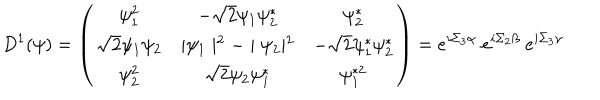
D ^ { 1 } ( \psi ) = \left( \begin{matrix} { { \psi _ { 1 } ^ { 2 } } } & { { - \sqrt { 2 } \psi _ { 1 } \psi _ { 2 } ^ { * } } } & { { \psi _ { 2 } ^ { * } } } \\ { { \sqrt { 2 } \psi _ { 1 } \psi _ { 2 } } } & { { \mid \psi _ { 1 } \mid ^ { 2 } - \mid \psi _ { 2 } \mid ^ { 2 } } } & { { - \sqrt { 2 } \psi _ { 1 } ^ { * } \psi _ { 2 } ^ { * } } } \\ { { \psi _ { 2 } ^ { 2 } } } & { { \sqrt { 2 } \psi _ { 2 } \psi _ { 1 } ^ { * } } } & { { \psi _ { 1 } ^ { * 2 } } } \\ \end{matrix} \right) = e ^ { i \Sigma _ { 3 } \alpha } ~ e ^ { i \Sigma _ { 2 } \beta } ~ e ^ { i \Sigma _ { 3 } \gamma }